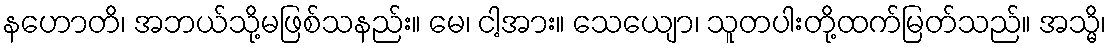
နဟောတိ၊ အဘယ်သို့မဖြစ်သနည်း။ မေ၊ ငါ့အား။ သေယျော၊ သူတပါးတို့ထက်မြတ်သည်။ အသ္မိ၊